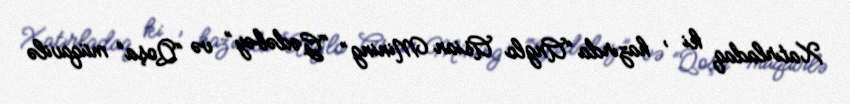
Xatırladaq ki , hazırda “Anglo Asian Mining” “Gədəbəy” və “Qoşa” müqavilə